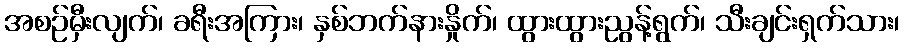
အစဉ်မှီးလျက်၊ ခရီးအကြား၊ နှစ်ဘက်နားနှိုက်၊ ထွားထွားညွန့်ရွက်၊ သီးချင်းရှက်သား၊